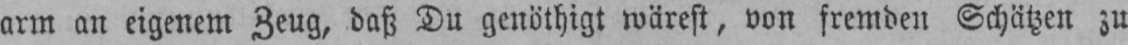
arm an eigenem Zeug, daß Du genöthigt wärest, von fremden Schätzen zu